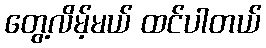
တွေ့လိမ့်မယ် ထင်ပါတယ်